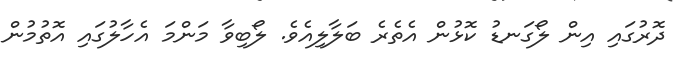
ދޮރުގައި އިން ލޯގަނޑު ކޮޅުން އެތެރެ ބަލާލިއެވެ. ލޯބިވާ މަންމަ އެހާލުގައި އޮތުމުން